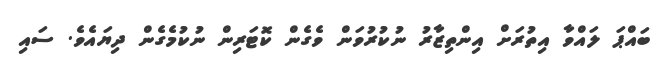
ބައްޕަ ލައްވާ އިތުރަށް އިންތިޒާރު ނުކުރުވަން ވެގެން ކޮޓަރިން ނުކުމެގެން ދިޔައެވެ. ސައި